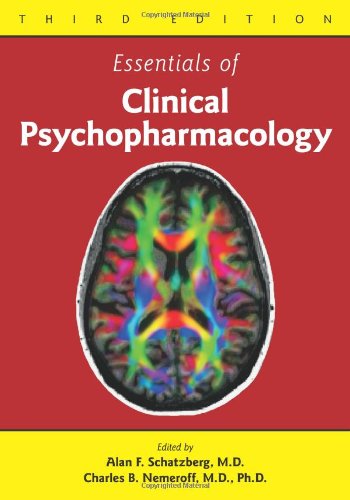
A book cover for Essentials of Clinical Psychopharmacology, Third Edition; Alan F. Schatzberg M.D.; Medical Books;